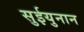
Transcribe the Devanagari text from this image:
सुईयुनान